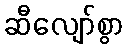
ဆီလျော်စွာ